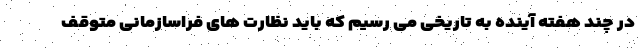
در چند هفته آینده به تاریخی می رسیم که باید نظارت های فراسازمانی متوقف